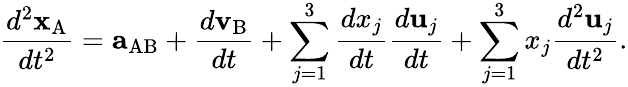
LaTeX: {\frac{d^{2}\mathbf{x}_{\mathrm{A}}}{dt^{2}}}=\mathbf{a}_{\mathrm{AB}}+{\frac{d\mathbf{v}_{\mathrm{B}}}{dt}}+\sum_{j=1}^{3}{\frac{dx_{j}}{dt}}{\frac{d\mathbf{u}_{j}}{dt}}+\sum_{j=1}^{3}x_{j}{\frac{d^{2}\mathbf{u}_{j}}{dt^{2}}}.